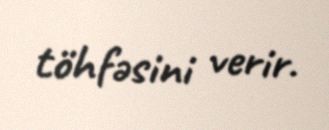
töhfəsini verir.